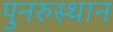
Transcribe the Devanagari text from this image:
पुनरुस्थान